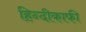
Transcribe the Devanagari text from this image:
हिन्दीकाफी